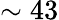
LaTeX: \sim 43